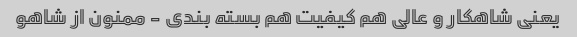
یعنی شاهکار و عالی هم کیفیت هم بسته بندی - ممنون از شاهو